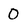
Character: 0